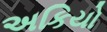
અકિયો